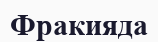
Фракияда